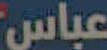
عباس